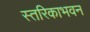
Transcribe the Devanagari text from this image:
स्तरिकाभवन